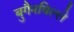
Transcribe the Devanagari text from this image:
बुगैनविल्ले